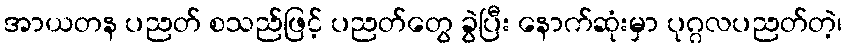
အာယတန ပညတ် စသည်ဖြင့် ပညတ်တွေ ခွဲပြီး နောက်ဆုံးမှာ ပုဂ္ဂလပညတ်တဲ့၊